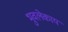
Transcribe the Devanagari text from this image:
भुवलेकाय